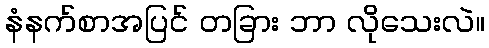
နံနက်စာအပြင် တခြား ဘာ လိုသေးလဲ။